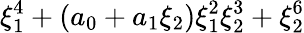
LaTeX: \xi_{1}^{4}+(a_{0}+a_{1}\xi_{2})\xi_{1}^{2}\xi_{2}^{3}+\xi_{2}^{6}